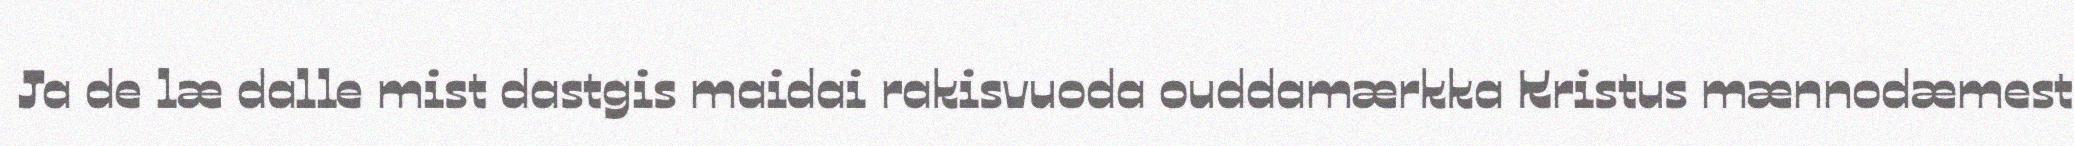
Ja de læ dalle mist dastgis maidai rakisvuoda ouddamærkka Kristus mænnodæmest